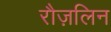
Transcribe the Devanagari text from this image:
रौज़लिन